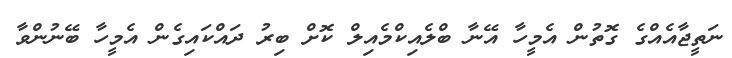
ނަތީޖާއެއްގެ ގޮތުން އެމީހާ އޭނާ ބްލެއިކްމެއިލް ކޮށް ބިރު ދައްކައިގެން އެމީހާ ބޭނުންވާ